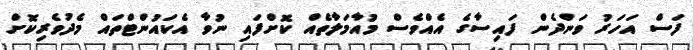
ފަސް އަހަރު ވަންދެން ފައިސާގެ އެއްވެސް މުއާމަލާތެއް ކޮށްފައި ނުވާ އެކައުންޓްތައް މެދުވެރިކޮށް